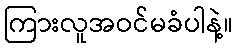
ကြားလူအဝင်မခံပါနဲ့။